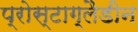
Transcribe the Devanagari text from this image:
प्रोस्टाग्लैडीन